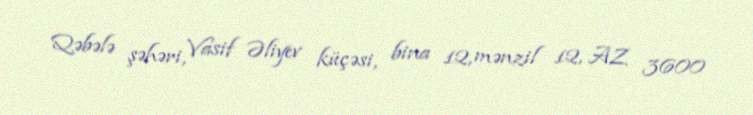
Qəbələ şəhəri, Vasif Əliyev küçəsi, bina 12, mənzil 12, AZ 3600